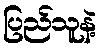
ပြည်သူနဲ့